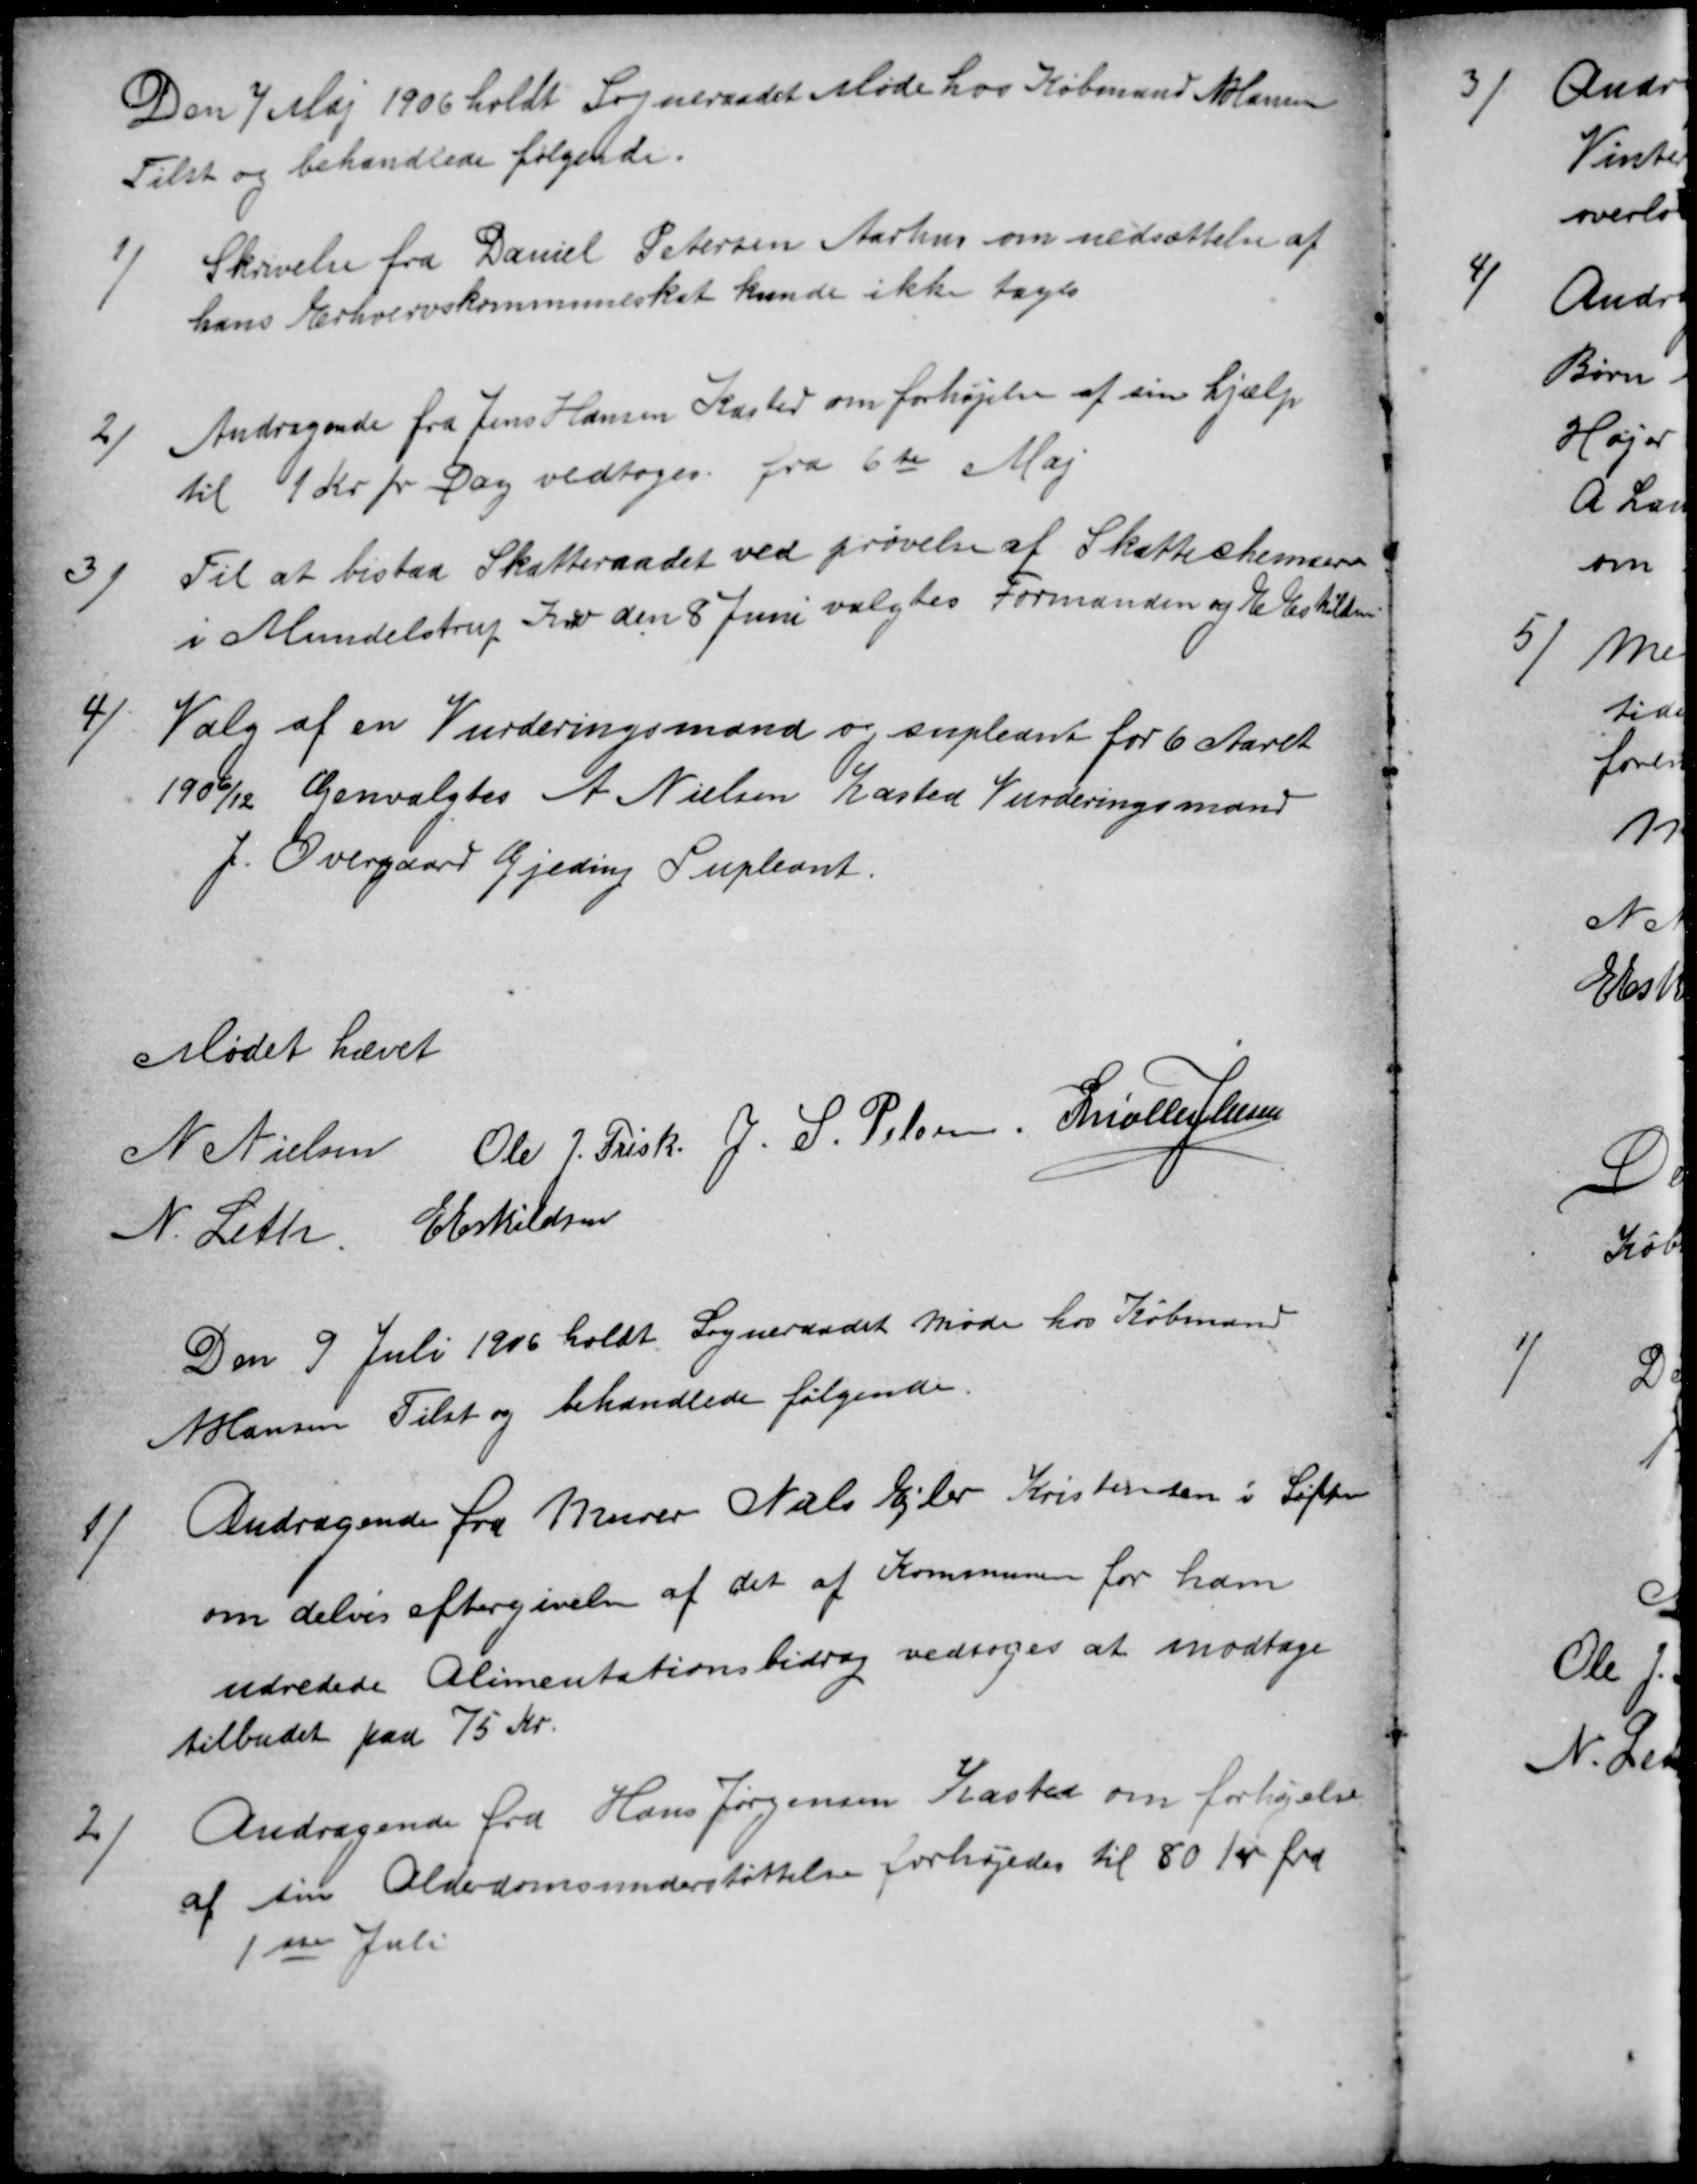
Transskription:
Den 7 Maj 1906 holdt Sogneraadet Møde hos Købmand N Hansen
Tilst og behandlede følgende.
1
Skrivelse fra Daniel Petersen Aarhus om nedsættelse af
hans Erhvervskommuneskat kunde ikke tages
2)
Andragende fra Jens Hansen Kasted om forhøjelse af sin hjælp
til 1Kr pr Dag vedtoges fra 6te Maj
3)
Til at bistaa Skatteraadet ved prøvelse af Skatteskemaerne
i Mundelstrup Kro den 8 Juni valgtes Formanden og E Eskildsen
4)
Valg af en Vurderingsmand og supleant for 6 Aaret
1906/12 Genvalgtes A Nielsen Kasted Vurderingsmand
J. Overgaard Gjeding Supleant.
Mødet hævet
N Nielsen
N Nielsen Ole J. Frisk. J. S. Pelsen. S Møller Jensen
N. Leth
E Eskildsen
Den 9 Juli 1906 holdt Sogneraadet Møde hos Købmand
N Hansen Tilst og behandlede følgende.
1)
Andragende fra Murer Niels Ejler Kristensen i Søften
om delvis eftergivelse af det af Kommunen for ham
udredede Alimentationsbidrag vedtoges at modtage
tilbudet paa 75 Kr.
2)
Andragende fra Hans Jørgensen Kasted om forhøjelse
af sin Alderdomsunderstøttelse forhøjedes til 80 Kr. fra
1ste Juli